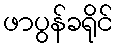
ဖာပွန်ခရိုင်